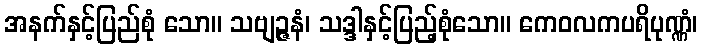
အနက်နှင့်ပြည်စုံ သော။ သဗျဉ္ဇနံ၊ သဒ္ဒါနှင့်ပြည့်စုံသော။ ကေဝလကပရိပုဏ္ဏံ၊